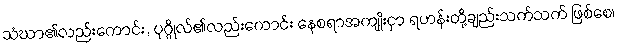
သံဃာ၏လည်းကောင်း, ပုဂ္ဂိုလ်၏လည်းကောင်း နေစရာအကျိုးငှာ ရဟန်းတို့ချည်းသက်သက် ဖြစ်စေ၊